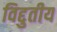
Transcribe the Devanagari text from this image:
विद्दुतीय